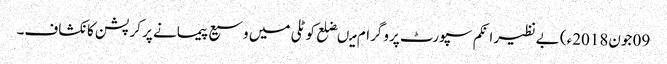
09 جون2018ء) بے نظیر انکم سپورٹ پروگرام میںضلع کوٹلی میں وسیع پیمانے پر کرپشن کا نکشاف۔